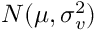
N ( \mu , \sigma _ { v } ^ { 2 } )